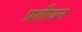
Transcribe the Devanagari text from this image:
प्रशीयन